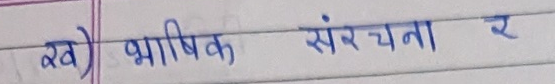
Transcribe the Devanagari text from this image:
ख) भाषिक संरचना र